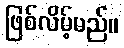
ဖြစ်လိမ့်မည်။